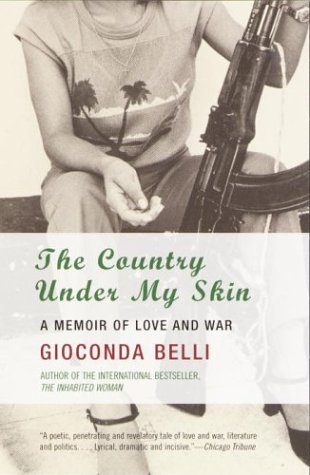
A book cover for The Country Under My Skin: A Memoir of Love and War; Gioconda Belli; Biographies & Memoirs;